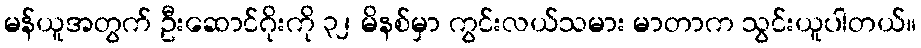
မန်ယူအတွက် ဦးဆောင်ဂိုးကို ၃၂ မိနစ်မှာ ကွင်းလယ်သမား မာတာက သွင်းယူပါတယ်။